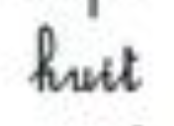
huit